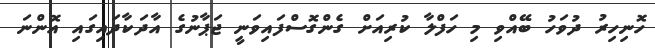
ހޮނިހިރު ދުވަހު ބޭއްވި މި ހަފްލާ ކުރިއަށް ގެންގޮސްފައިވަނީ ޖަޕާނުގެ އާދަކާދައިގައި އޮންނަ